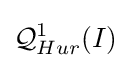
{\mathcal {Q}}_{Hur}^{1}(I)